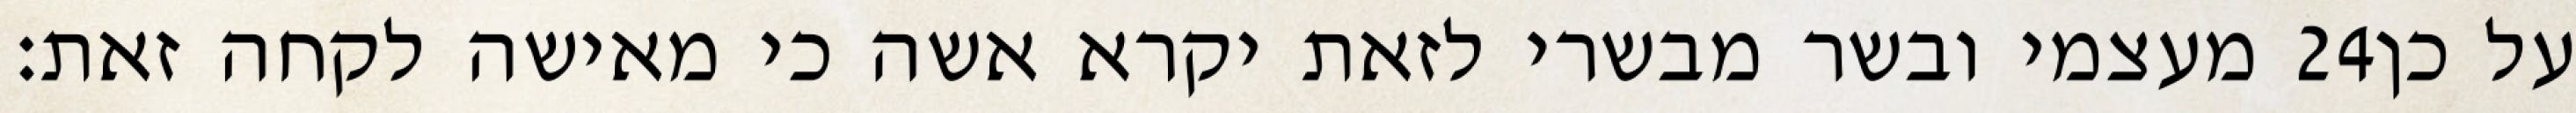
מעצמי ובשר מבשרי לזאת יקרא אשה כי מאישה לקחה זאת׃ ‎24‏ על כן